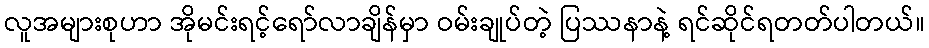
လူအများစုဟာ အိုမင်းရင့်ရော်လာချိန်မှာ ဝမ်းချုပ်တဲ့ ပြဿနာနဲ့ ရင်ဆိုင်ရတတ်ပါတယ်။